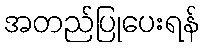
အတည်ပြုပေးရန်